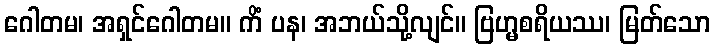
ဂေါတမ၊ အရှင်ဂေါတမ။ ကိံ ပန၊ အဘယ်သို့လျင်။ ဗြဟ္မစရိယဿ၊ မြတ်သော